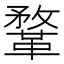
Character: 鞪